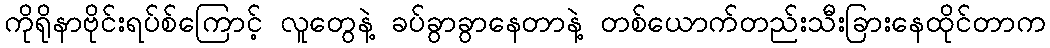
ကိုရိုနာဗိုင်းရပ်စ်ကြောင့် လူတွေနဲ့ ခပ်ခွာခွာနေတာနဲ့ တစ်ယောက်တည်းသီးခြားနေထိုင်တာက